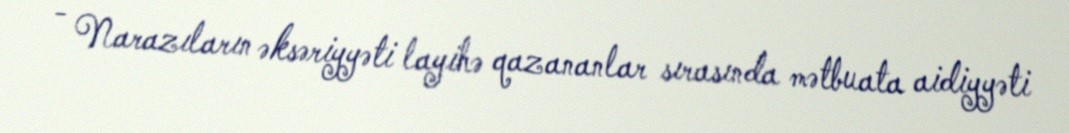
- Narazıların əksəriyyəti layihə qazananlar sırasında mətbuata aidiyyəti